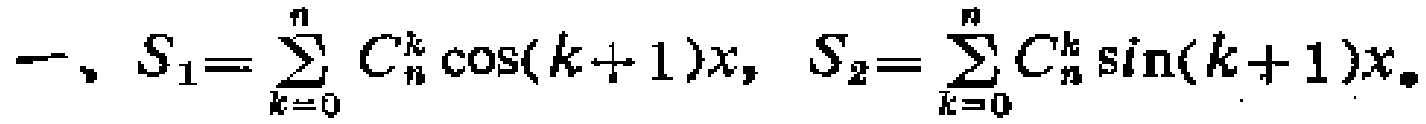
一、$S_{1}=\sum_{k = 0}^{n} C_{n}^{k} \cos(k + 1)x$, $S_{2}=\sum_{k = 0}^{n} C_{n}^{k} \sin(k + 1)x$。